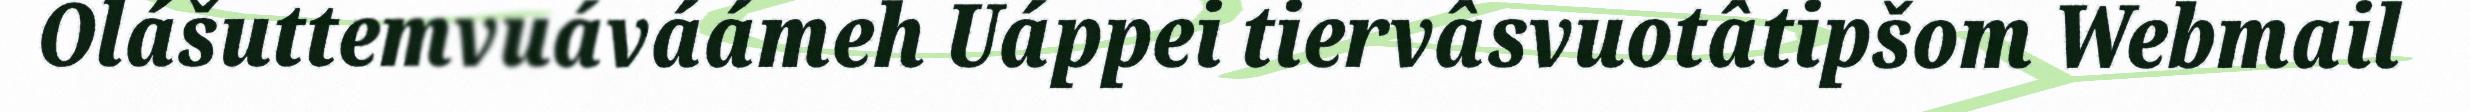
Olášuttemvuáváámeh Uáppei tiervâsvuotâtipšom Webmail